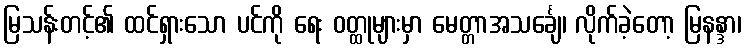
မြသန်းတင့်၏ ထင်ရှားသော ပင်ကို ရေး ဝတ္ထုများမှာ မေတ္တာအသင်္ချေ၊ လိုက်ခဲ့တော့ မြနန္ဒာ၊